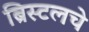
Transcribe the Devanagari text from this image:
ब्रिस्टलचे